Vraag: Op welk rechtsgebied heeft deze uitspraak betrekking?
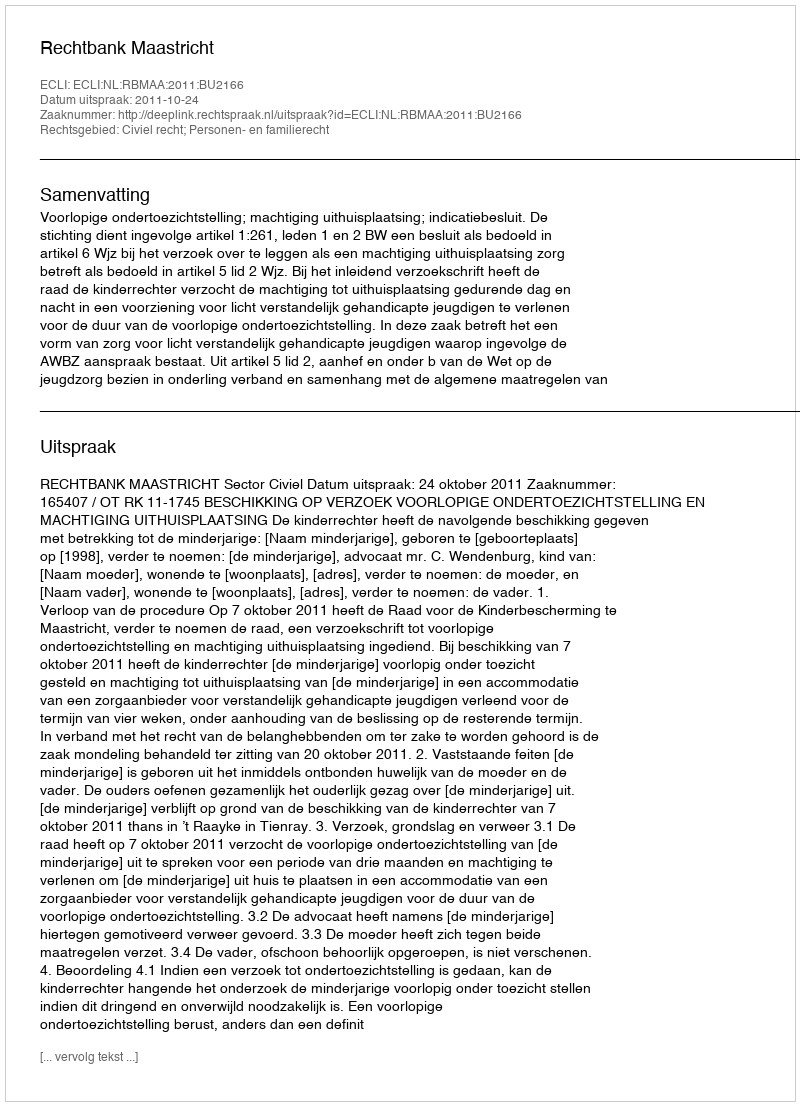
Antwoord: Civiel recht; Personen- en familierecht